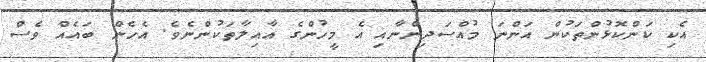
އެކި ކަންކޮޅުންތަކުން އަންނަ މުއްސަދިންނާއި އެ މީހުންގެ އާއިލާތަކުންނެވެ. އެހެން ބައެއް ވެސް